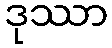
ဒုဿာ